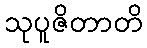
သုပူဇိတာတိ